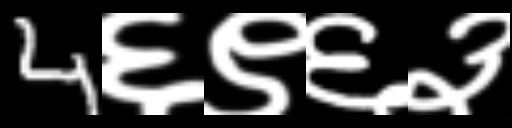
Text: 4६९६३